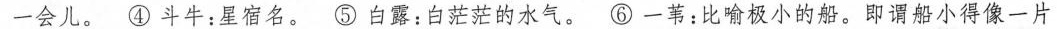
一会儿。④ 斗牛：星宿名。⑤ 白露：白茫茫的水气。⑥ 一苇：比喻极小的船。即谓船小得像一片